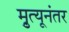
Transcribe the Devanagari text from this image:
मृुत्यूनंतर